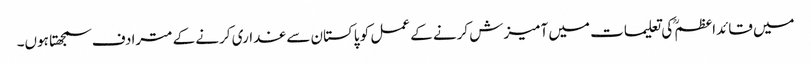
میں قائداعظمؒ کی تعلیمات میں آمیزش کرنے کے عمل کو پاکستان سے غداری کرنے کے مترادف سمجھتا ہوں۔